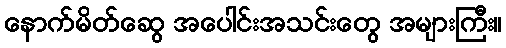
နောက်မိတ်ဆွေ အပေါင်းအသင်းတွေ အများကြီး။